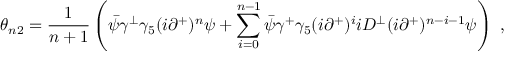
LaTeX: \theta _ { n 2 } = { \frac { 1 } { n + 1 } } \left( \bar { \psi } \gamma ^ { \perp } \gamma _ { 5 } ( i \partial ^ { + } ) ^ { n } \psi + \sum _ { i = 0 } ^ { n - 1 } \bar { \psi } \gamma ^ { + } \gamma _ { 5 } ( i \partial ^ { + } ) ^ { i } i D ^ { \perp } ( i \partial ^ { + } ) ^ { n - i - 1 } \psi \right) \ ,